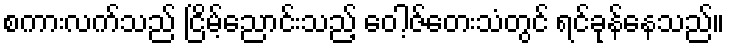
စကားလက်သည် ငြိမ့်ညောင်းသည့် ဝေါ့ဇ်တေးသံတွင် ရင်ခုန်နေသည်။